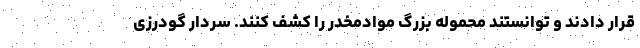
قرار دادند و توانستند محموله بزرگ موادمخدر را کشف کنند. سردار گودرزی